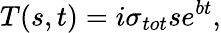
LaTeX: T(s,t)=i\sigma_{tot}se^{bt},